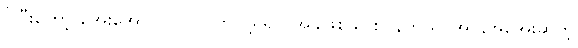
ပိုပြီးတော့ အေးအောင် လုပ်လိုက်လို့ရှိရင် အခဲဖြစ်သွားပြန်တယ်၊ အပူ,အအေးဆိုတဲ့